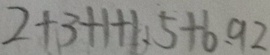
2 + 3 + 1 + 1 . 5 + 6 . 9 2